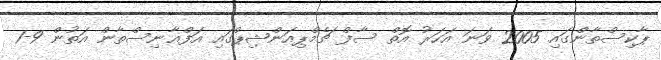
ޕާކިސްތާންގައި 2005 ވަނަ އަހަރު އޮތް ސާފް ޗެމްޕިއަންޝިޕްގައި އަފްޣާނިސްތާން އަތުން 9-1